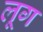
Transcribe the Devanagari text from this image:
लूग